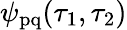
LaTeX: \psi_{\mathrm{pq}}(\tau_{1},\tau_{2})